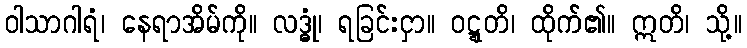
ဝါသာဂါရံ၊ နေရာအိမ်ကို။ လဒ္ဓုံ၊ ရခြင်းငှာ။ ဝဋ္ဋတိ၊ ထိုက်၏။ ဣတိ၊ သို့။